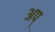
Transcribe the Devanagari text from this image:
अप्‌